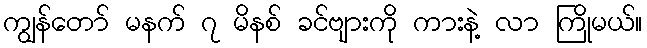
ကျွန်တော် မနက် ၇ မိနစ် ခင်ဗျားကို ကားနဲ့ လာ ကြိုမယ်။